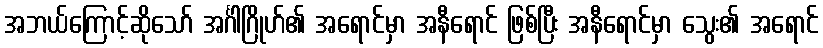
အဘယ်ကြောင့်ဆိုသော် အင်္ဂါဂြိုဟ်၏ အရောင်မှာ အနီရောင် ဖြစ်ပြီး အနီရောင်မှာ သွေး၏ အရောင်